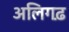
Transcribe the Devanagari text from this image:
अलिगढ़